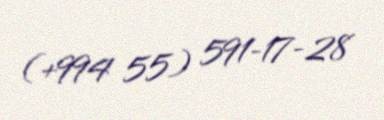
(+994 55) 591-17-28